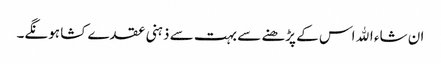
ان شاء اﷲ اس کے پڑھنے سے بہت سے ذہنی عقدے کشا ہونگے۔